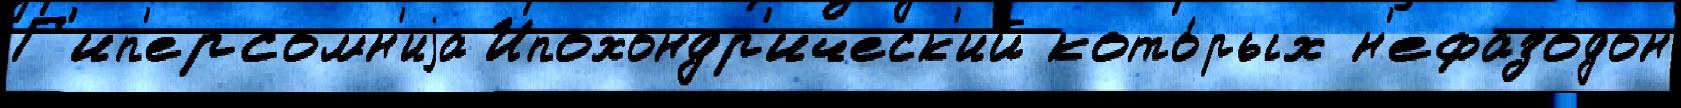
Г'ип'ерсомн'иjа Ипохондр'ическ'ий кото́рых н'ефазодон